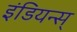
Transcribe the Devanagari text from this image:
इंडियन्स्